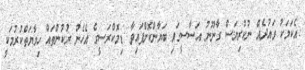
އެކަމަކު ވައުދެއް ނުކުރިޔަސް ގާނޫނު އަސާސީގައި ބަޔާންކޮށްފައިވާ ޑިމޮކްރަސީގެ އެހެން ރުކުންތައް ހިމާޔަތްކުރުމަކީ